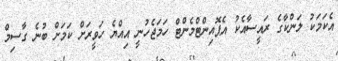
އެކަމަކު ލަންކާގެ ރައީސާއެކު އެޕޮއިންޓްމެންޓް ހަމަޖެހުނީ އިއްޔެ ހަވީރަށް ކަމަށް ބުނެ ގާސިމް